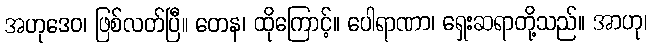
အဟုဒေဝ၊ ဖြစ်လတ်ပြီ။ တေန၊ ထိုကြောင့်။ ပေါရာဏာ၊ ရှေးဆရာတို့သည်။ အာဟု၊